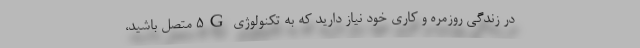
در زندگی روزمره و کاری خود نیاز دارید که به تکنولوژی 5G متصل باشید،